Report on sanitation, dispensaries, and jails in Rajputana for 1914, and on vaccination for the year 1914-1915 - 1914-1915
Year: 1914
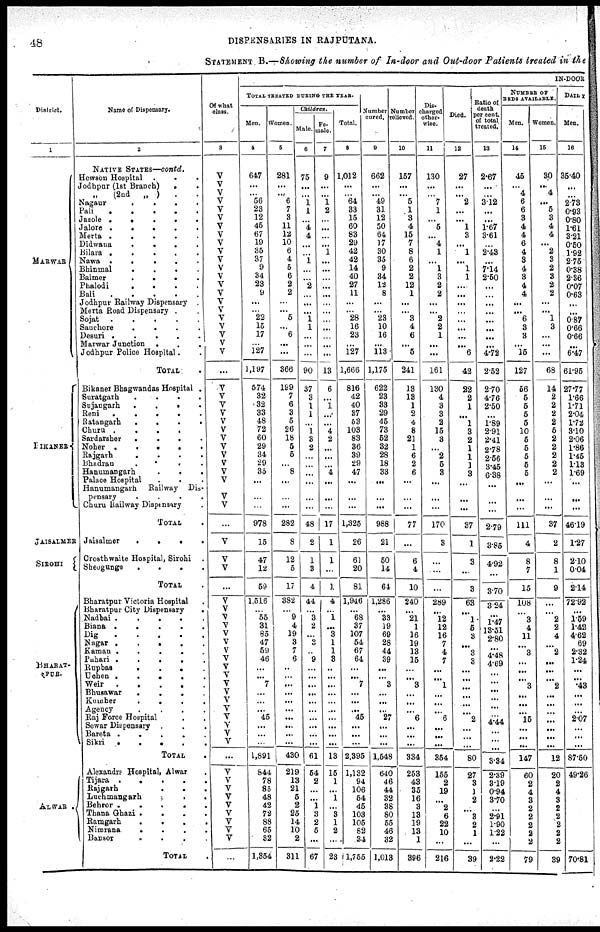
48
DISPENSARIES IN RAJPUTANA.
STATEMENT B.—Showing the number of In-door and Out-door Patients treated in the
District.
1
MARWAR
BIKANER
JAISALMER
SIROHI
BHARAT¬
PUR.
ALWAR .
Name of Dispensary.
2
NATIVE STATES—contd.
Hewson Hospital
...
Jodhpur (1st Branch)
..
„ (2nd
„ ) ..
Nagaur
....
Pali
.....
Jasole
....
Jalore
.....
Merta
.....
Didwana
....
Bilara
.....
Nawa
.....
Bhinmal
....
Balmer
....
Phalodi
....
Bali
.....
Jodhpur Railway Dispensary .
Merta Road Dispensary .
Sojat
.....
Sanchore
....
Desuri
.....
Marwar Junction
...
Jodhpur Police Hospital..
TOTAL .
Bikaner Bhagwandas Hospital .
Suratgarh
....
Sujangarh
....
Reni
.....
Ratangarh
....
Churu
....
Sardarsher
....
Noher .....
Rajgarh
....
Bhadran
....
Hanumangarh
...
Palace Hospital
...
Hanumangarh
Railway Dis-
pensary
....
Churu Railway Dispensary .
TOTAL .
Jaisalmer
....
Crosthwaite Hospital, Sirohi
Sheogunge
....
TOTAL .
Bharatpur Victoria Hospital .
Bharatpur City Dispensary
.
Nadbai
.....
Biana
.....
Dig
.....
Nagar
.....
Kaman
.....
Pahari
.....
Rupbas
....
Uchen
.....
Weir
.....
Bhusawar
....
Kumber
....
Agency
....
Raj Force Hospital ..
Sewar Dispensary ...
Bareta
.....
Sikri
.....
TOTAL .
Alexandra Hospital, Alwar .
Tijara
.....
Rajgarh
...
Luchmangarh ...
Behror
.....
Thana Ghazi
....
Ramgarh
....
Nimrana
....
Bansor ....
TOTAL .
Of what
class.
3
V
V
V
V
V
V
V
V
V
V
V
V
V
V
V
V
V
V
V
V
V
V
...
V
V
V
V
V
V
V
V
V
V
V
V
V
V
...
V
V
V
...
V
V
V
V
V
V
V
V
V
V
V
V
V
V
V
V
V
V
...
V
V
V
V
V
V
V
V
V
...
IN-DOOR
TOTAL TREATED DURING THE YEAR.
Men.
4
647
...
...
56
23
12
45
67
19
35
37
9
34
23
9
...
...
22
15
17
...
127
1,197
574
32
32
33
48
72
60
29
34
29
35
...
...
...
978
15
47
12
59
1,516
... 55
31
85
47
59
46
...
...
7
...
...
...
45
...
...
...
1,891
844
78
85
48
42
72
88
65
32
1,354
Women.
5
281
...
...
6
7
3
11
12
10
6
4
5
6
2
2
...
...
6
...
6
...
...
366
199
7
6
3
5
26
18
5
5
...
8
...
...
...
282
8
12
5
17
382
...
9
4
19
3
7
6
...
...
...
...
...
...
...
...
...
...
430
219
13
21
5
2
25
14
10
2
311
Children.
Male.
6
75
...
...
1
1
...
4
4
...
...
1
...
...
2
...
...
...
1
1
...
...
...
90
37
3
1
1
...
1
3
2
...
...
...
...
...
...
48
2
1
3
4
44
...
3
2
...
3
...
9
...
...
...
...
...
...
...
...
...
...
61
54
2
...
...
1
3
2
5
...
67
Fe¬
male.
7
9
...
...
1
2
...
...
...
...
1
...
...
...
...
...
...
...
...
...
...
...
...
13
6
...
1
...
...
4
2
...
...
...
4
...
...
...
17
1
1
...
1
4
...
1
...
3
1
1
3
...
...
...
...
...
...
...
...
...
...
13
15
1
...
1
...
3
1
2
...
23
Total.
8
1,012
...
...
64
33
15
60
83
29
42
42
14
40
27
11
...
...
28
16
23
...
127
1,666
816
42
40
37
53
103
83
36
39
29
47
...
...
...
1,325
26
61
20
81
1,946
...
68
37
107
54
67
64
...
...
7
...
...
...
45
...
...
...
2,395
1,132
94
106
54
45
103
105
82
34
1,755
Number
cured.
9
662
...
...
49
31
12
50
64
17
30
35
9
34
12
8
...
...
23
10
16
...
113
1,175
622
23
33
29
46
73
52
32
28
18
33
...
...
...
988
21
50
14
64
1,286
...
33
19
69
28
44
39
...
...
3
...
...
...
27
...
...
...
1,548
640
46
44
32
38
80
55
46
32
1,013
Number
relieved.
10
157
...
...
5
1
3
4
15
7
8
6
2
2
12
1
...
...
3
4
6
...
5
241
13
13
1
2
4
8
21
1
6
2
6
...
...
...
77
...
6
4
10
240
...
21
1
16
19
13
15
...
...
3
...
...
...
6
...
...
...
334
253
43
35
16
3
13
19
13
1
396
Dis¬
charged
other¬
wise.
11
130
...
...
7
1
...
6
...
4
1
...
1
3
2
2
...
...
2
2
1
...
...
161
130
4
3
3
2
15
3
...
2
5
3
...
...
...
170
3
...
...
...
289
...
12
12
16
7
4
7
...
...
1
...
...
...
6
...
...
...
354
155
2
19
...
2
6
22
10
...
216
Died.
12
27
...
...
2
...
...
1
3
...
1
...
1
1
...
...
...
...
...
...
...
...
6
42
22
2
1
...
1
3
2
1
1
1
3
...
...
...
37
1
3
...
3
63
...
1
5
3
...
3
3
...
...
...
...
...
...
2
...
...
...
80
27
3
1
2
...
8
2
1
...
39
Ratio of
death
per cent.
of total
treated.
13
2.67
...
...
3.12
...
...
1.67
3.61
...
2.43
...
7.14
2.50
...
...
...
...
...
...
...
...
4.72
2.52
2.70
4.76
2.50
...
1.89
2.91
2.41
2.78
2.56
3.45
6.38
...
...
...
2.79
3.85
4.92
...
3.70
3.24
...
1.47
13.51
2.80
...
4.48
4.69
...
...
...
...
...
...
4.44
...
...
...
3.34
2.39
3.19
0.94
3.70
...
2.91
1.90
1.22
...
2.22
NUMBER OF
BEDS AVAILABLE.
Men.
14
45
...
4
6
6
3
4
4
6
4
3
4
3
4
4
...
...
6
3
3
...
15
127
56
5
5
5
5
10
5
5
5
5
5
...
...
...
111
4
8
7
15
108
...
3
4
11
...
3
...
...
...
3
...
...
...
15
...
...
...
147
60
2
4
3
2
2
2
2
2
79
Women.
15
30
...
4
...
5
3
4
4
...
2
3
2
3
2
2
...
...
1
3
...
...
...
68
14
2
2
2
2
5
2
2
2
2
2
...
...
...
37
2
8
1
9
...
...
2
2
4
...
2
...
...
...
2
...
...
...
...
...
...
...
12
20
2
4
3
2
2
2
2
2
39
DAILY
Men.
16
36.40
...
...
2.73
0.93
0.80
1.61
3.21
0.50
1.92
2.75
0.38
2.36
0.07
0.63
...
...
0.87
0.66
0.66
...
6.47
61.95
27.77
1.66
1.71
2.04
1.72
3.10
2.06
1.86
1.45
1.13
1.69
...
...
...
46.19
1.27
2.10
0.04
2.14
72.92
...
1.59
1.42
4.62
69
2.32
1.24
...
...
.43
...
...
...
2.07
...
...
...
87.50
49.26
70.81